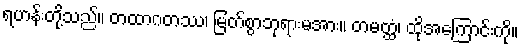
ရဟန်းတို့သည်။ တထာဂတဿ၊ မြတ်စွာဘုရားမအား။ တမတ္ထံ၊ ထိုအကြောင်းကို။